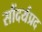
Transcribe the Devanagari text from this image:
सौंदर्यप्रद